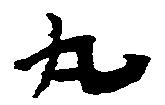
丸